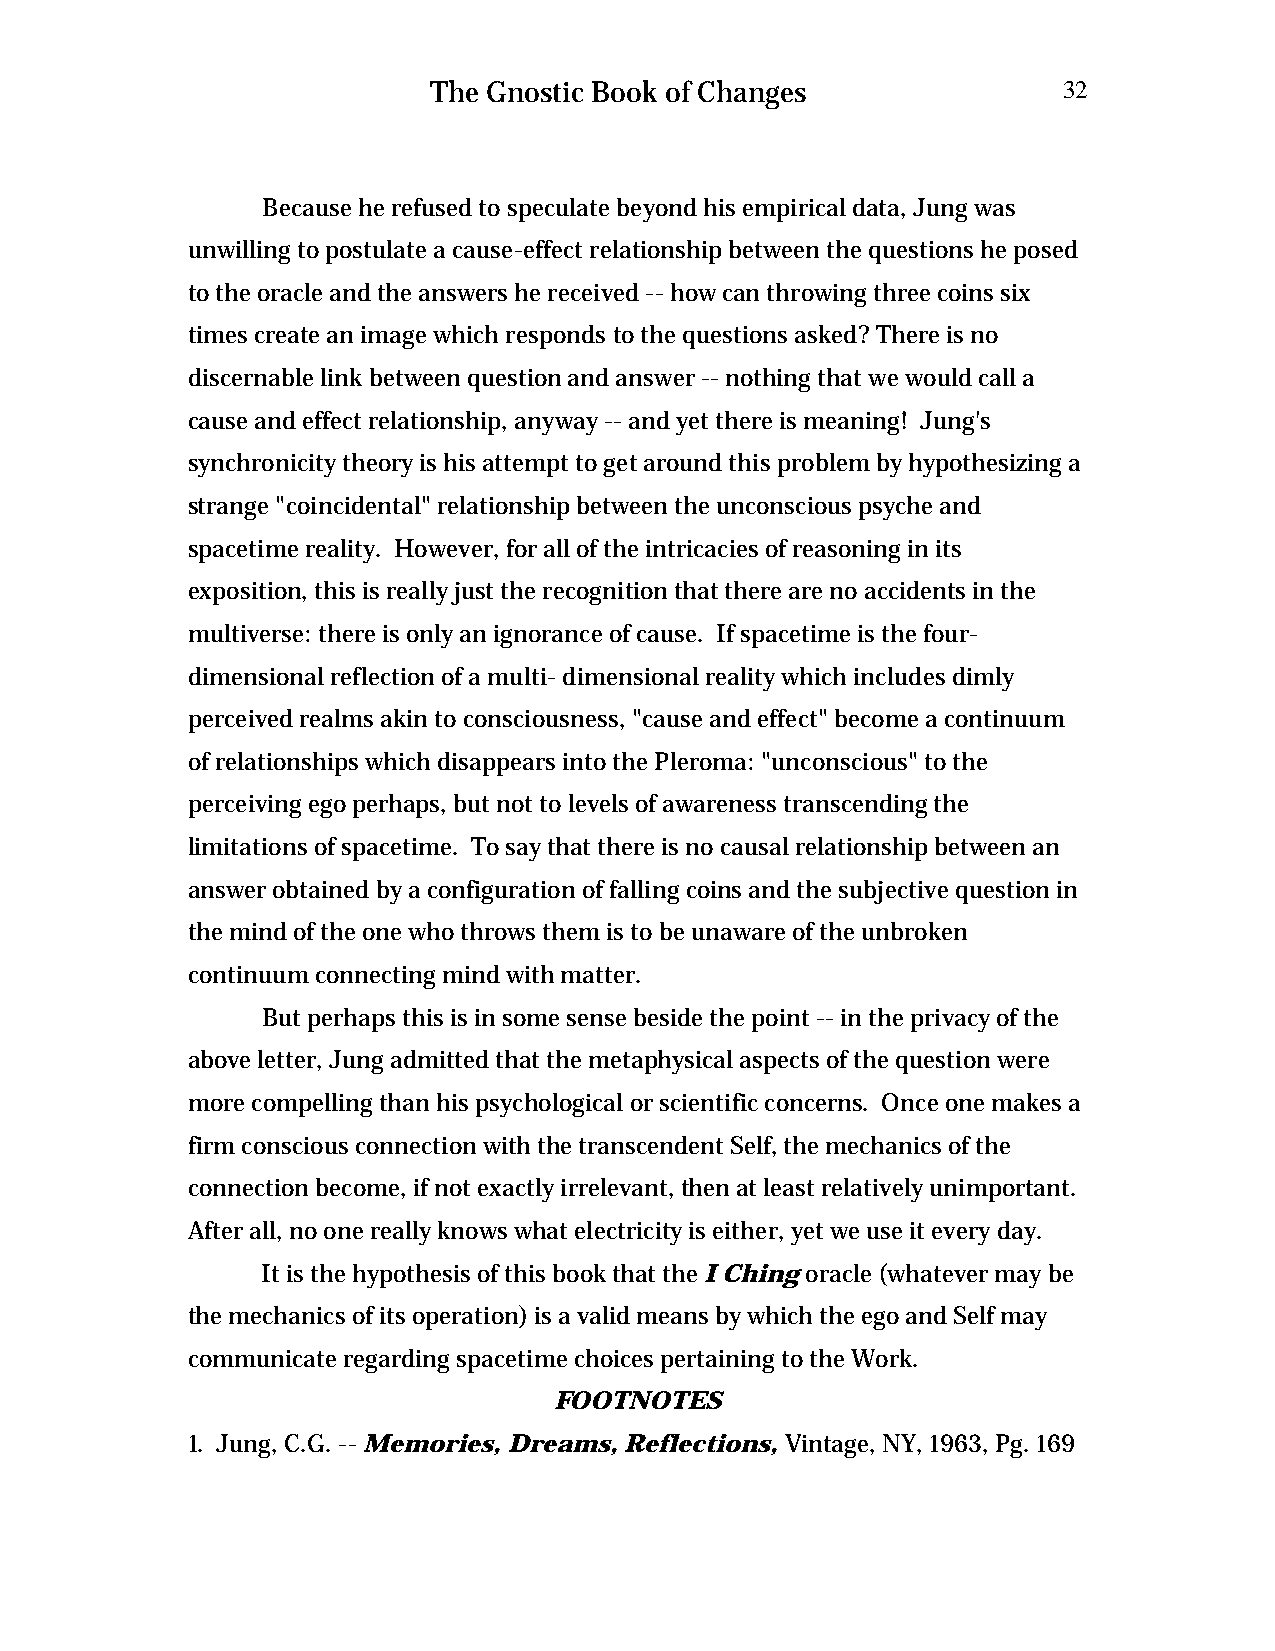
The Gnostic Book of Changes              32
 Because he refused to speculate beyond his empirical data, Jung was
 unwilling to postulate a cause-effect relationship between the questions he posed
 to the oracle and the answers he received -- how can throwing three coins six
 times create an image which responds to the questions asked? There is no
 discernable link between question and answer -- nothing that we would call a
 cause and effect relationship, anyway -- and yet there is meaning! Jung's
 synchronicity theory is his attempt to get around this problem by hypothesizing a
 strange "coincidental" relationship between the unconscious psyche and
 spacetime reality. However, for all of the intricacies of reasoning in its
 exposition, this is really just the recognition that there are no accidents in the
 multiverse: there is only an ignorance of cause. If spacetime is the four-
 dimensional reflection of a multi- dimensional reality which includes dimly
 perceived realms akin to consciousness, "cause and effect" become a continuum
 of relationships which disappears into the Pleroma: "unconscious" to the
 perceiving ego perhaps, but not to levels of awareness transcending the
 limitations of spacetime. To say that there is no causal relationship between an
 answer obtained by a configuration of falling coins and the subjective question in
 the mind of the one who throws them is to be unaware of the unbroken
 continuum connecting mind with matter.
 But perhaps this is in some sense beside the point -- in the privacy of the
 above letter, Jung admitted that the metaphysical aspects of the question were
 more compelling than his psychological or scientific concerns. Once one makes a
 firm conscious connection with the transcendent Self, the mechanics of the
 connection become, if not exactly irrelevant, then at least relatively unimportant.
 After all, no one really knows what electricity is either, yet we use it every day.
 It is the hypothesis of this book that the I Ching oracle (whatever may be
 the mechanics of its operation) is a valid means by which the ego and Self may
 communicate regarding spacetime choices pertaining to the Work.
 FOOTNOTES
 1. Jung, C.G. -- Memories, Dreams, Reflections, Vintage, NY, 1963, Pg. 169